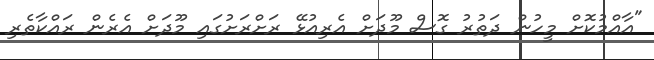
"އާއްމުކޮށް މީހުން ދަތުރު ގޮސް މޫދަށް އެރިއުޅޭ ރަށްރަށުގައި މޫދަށް އެރެން ރައްކާތެރި